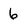
Character: 6